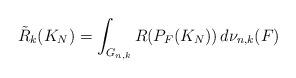
LaTeX: \begin{align*}\tilde{R}_k(K_N)=\int_{G_{n,k}}R(P_F(K_N))\,d\nu_{n,k}(F)\end{align*}